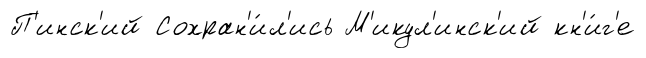
П'инск'ий Сохран'и́л'ись М'икул'инск'ий кн'и́г'е